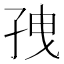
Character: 𫲥